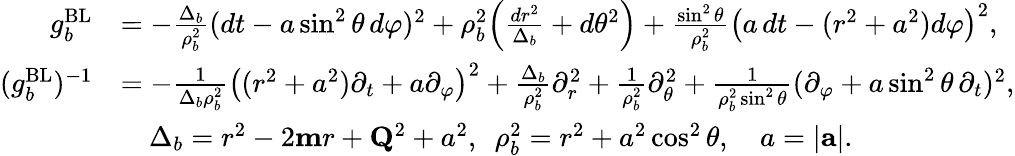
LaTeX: \begin{array}{rl}{g_{b}^{\mathrm{BL}}}&{=-\frac{\Delta_{b}}{\rho_{b}^{2}}(dt-a\sin^{2}\theta\, d\varphi)^{2}+\rho_{b}^{2}\Bigl(\frac{dr^{2}}{\Delta_{b}}+d\theta^{2}\Bigr)+\frac{\sin^{2}\theta}{\rho_{b}^{2}}\bigl(a\, dt-(r^{2}+a^{2})d\varphi\bigr)^{2},}\\ {(g_{b}^{\mathrm{BL}})^{-1}}&{=-\frac{1}{\Delta_{b}\rho_{b}^{2}}\bigl((r^{2}+a^{2})\partial_{t}+a\partial_{\varphi}\bigr)^{2}+\frac{\Delta_{b}}{\rho_{b}^{2}}\partial_{r}^{2}+\frac{1}{\rho_{b}^{2}}\partial_{\theta}^{2}+\frac{1}{\rho_{b}^{2}\sin^{2}\theta}(\partial_{\varphi}+a\sin^{2}\theta\, \partial_{t})^{2},}\\ &{\quad\Delta_{b}=r^{2}-2\mathbf{m}r+\mathbf{Q}^{2}+a^{2},\ \ \rho_{b}^{2}=r^{2}+a^{2}\cos^{2}\theta,\quad a=\vert\mathbf{a}\vert.}\end{array}